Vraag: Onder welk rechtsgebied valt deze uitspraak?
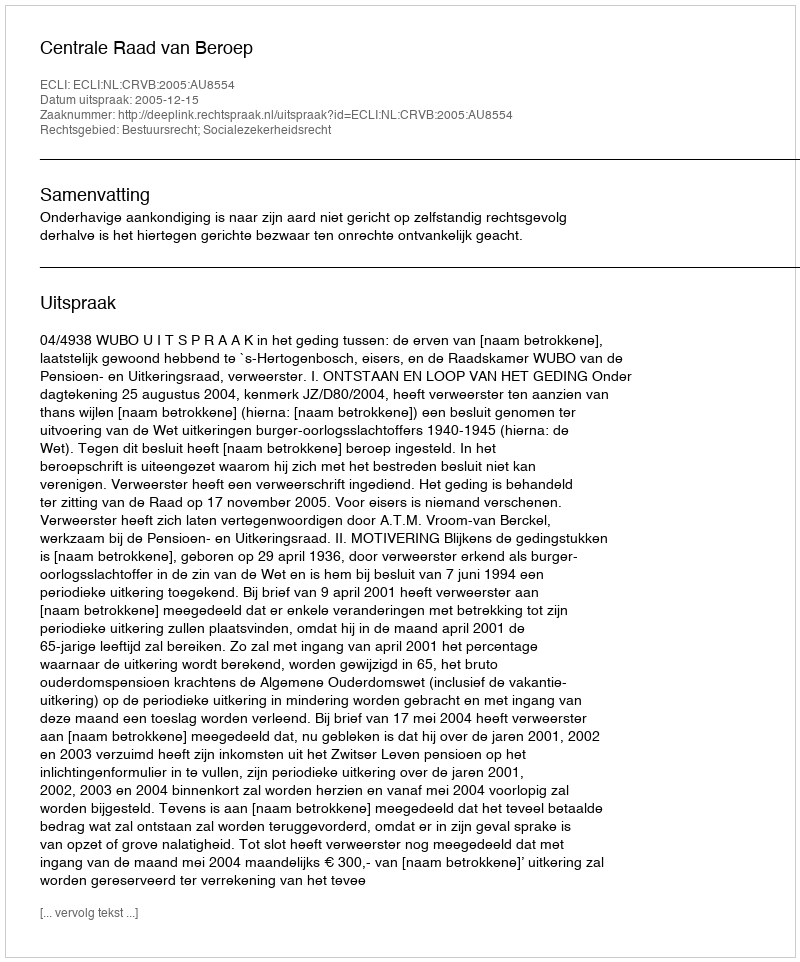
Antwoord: Bestuursrecht; Socialezekerheidsrecht